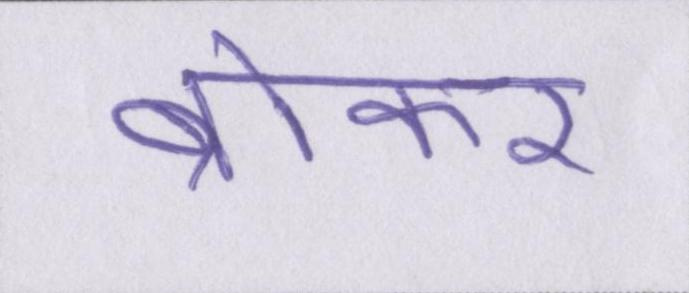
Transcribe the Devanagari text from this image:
ब्रोकर